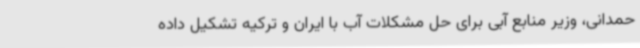
حمدانی، وزیر منابع آبی برای حل مشکلات آب با ایران و ترکیه تشکیل داده